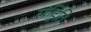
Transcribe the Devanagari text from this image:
संहिति